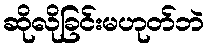
ဆိုလိုခြင်းမဟုတ်ဘဲ